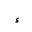
Letter: _hamza